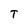
Character: T